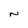
Character: N